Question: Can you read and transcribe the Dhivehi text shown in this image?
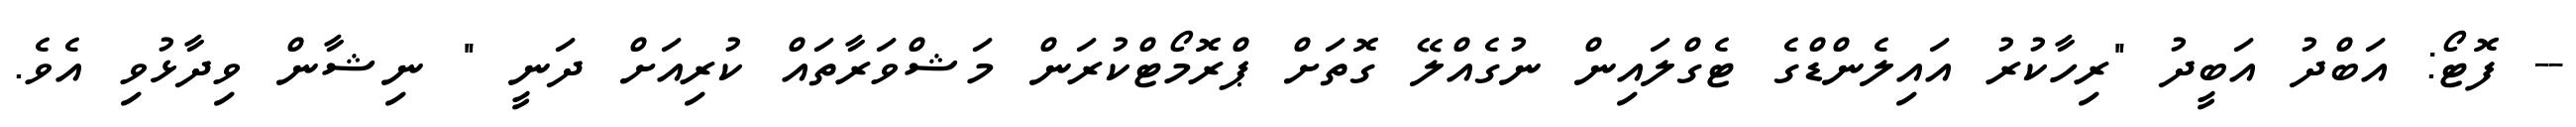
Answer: -- ފޮޓޯ: އަބްދު އަބީދު "ރިހާކުރު އައިލެންޑްގެ ޓެގްލައިން ނުގެއްލޭ ގޮތަށް ޕްރޮމޯޓްކުރަން މަޝްވަރާތައް ކުރިއަށް ދަނީ " ނިޝާން ވިދާޅުވި އެވެ.